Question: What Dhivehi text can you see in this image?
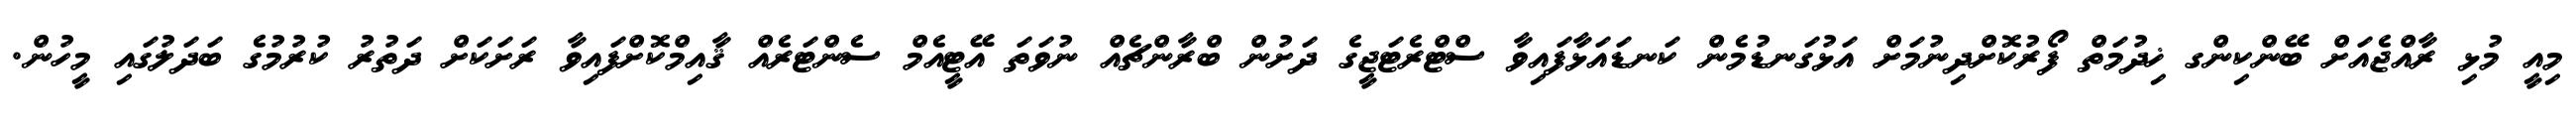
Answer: މިއީ މުޅި ރާއްޖެއަށް ބޭންކިންގ ޚިދުމަތް ފޯރުކޮށްދިނުމަށް އަޅުގަނޑުމެން ކަނޑައަޅާފައިވާ ސްޓްރެޓަޖީގެ ދަށުން ބްރާންޗެއް ނުވަތަ އޭޓީއެމް ސެންޓަރެއް ޤާއިމްކޮށްފައިވާ ރަށަކަށް ދަތުރު ކުރުމުގެ ބަދަލުގައި މީހުން.